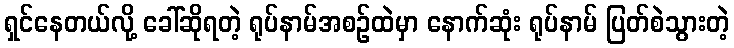
ရှင်နေတယ်လို့ ခေါ်ဆိုရတဲ့ ရုပ်နာမ်အစဉ်ထဲမှာ နောက်ဆုံး ရုပ်နာမ် ပြတ်စဲသွားတဲ့